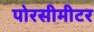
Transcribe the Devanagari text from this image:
पोरसीमीटर